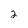
Character: 2